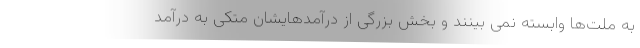
به ملت‌ها وابسته نمی بینند و بخش بزرگی از درآمدهایشان متکی به درآمد